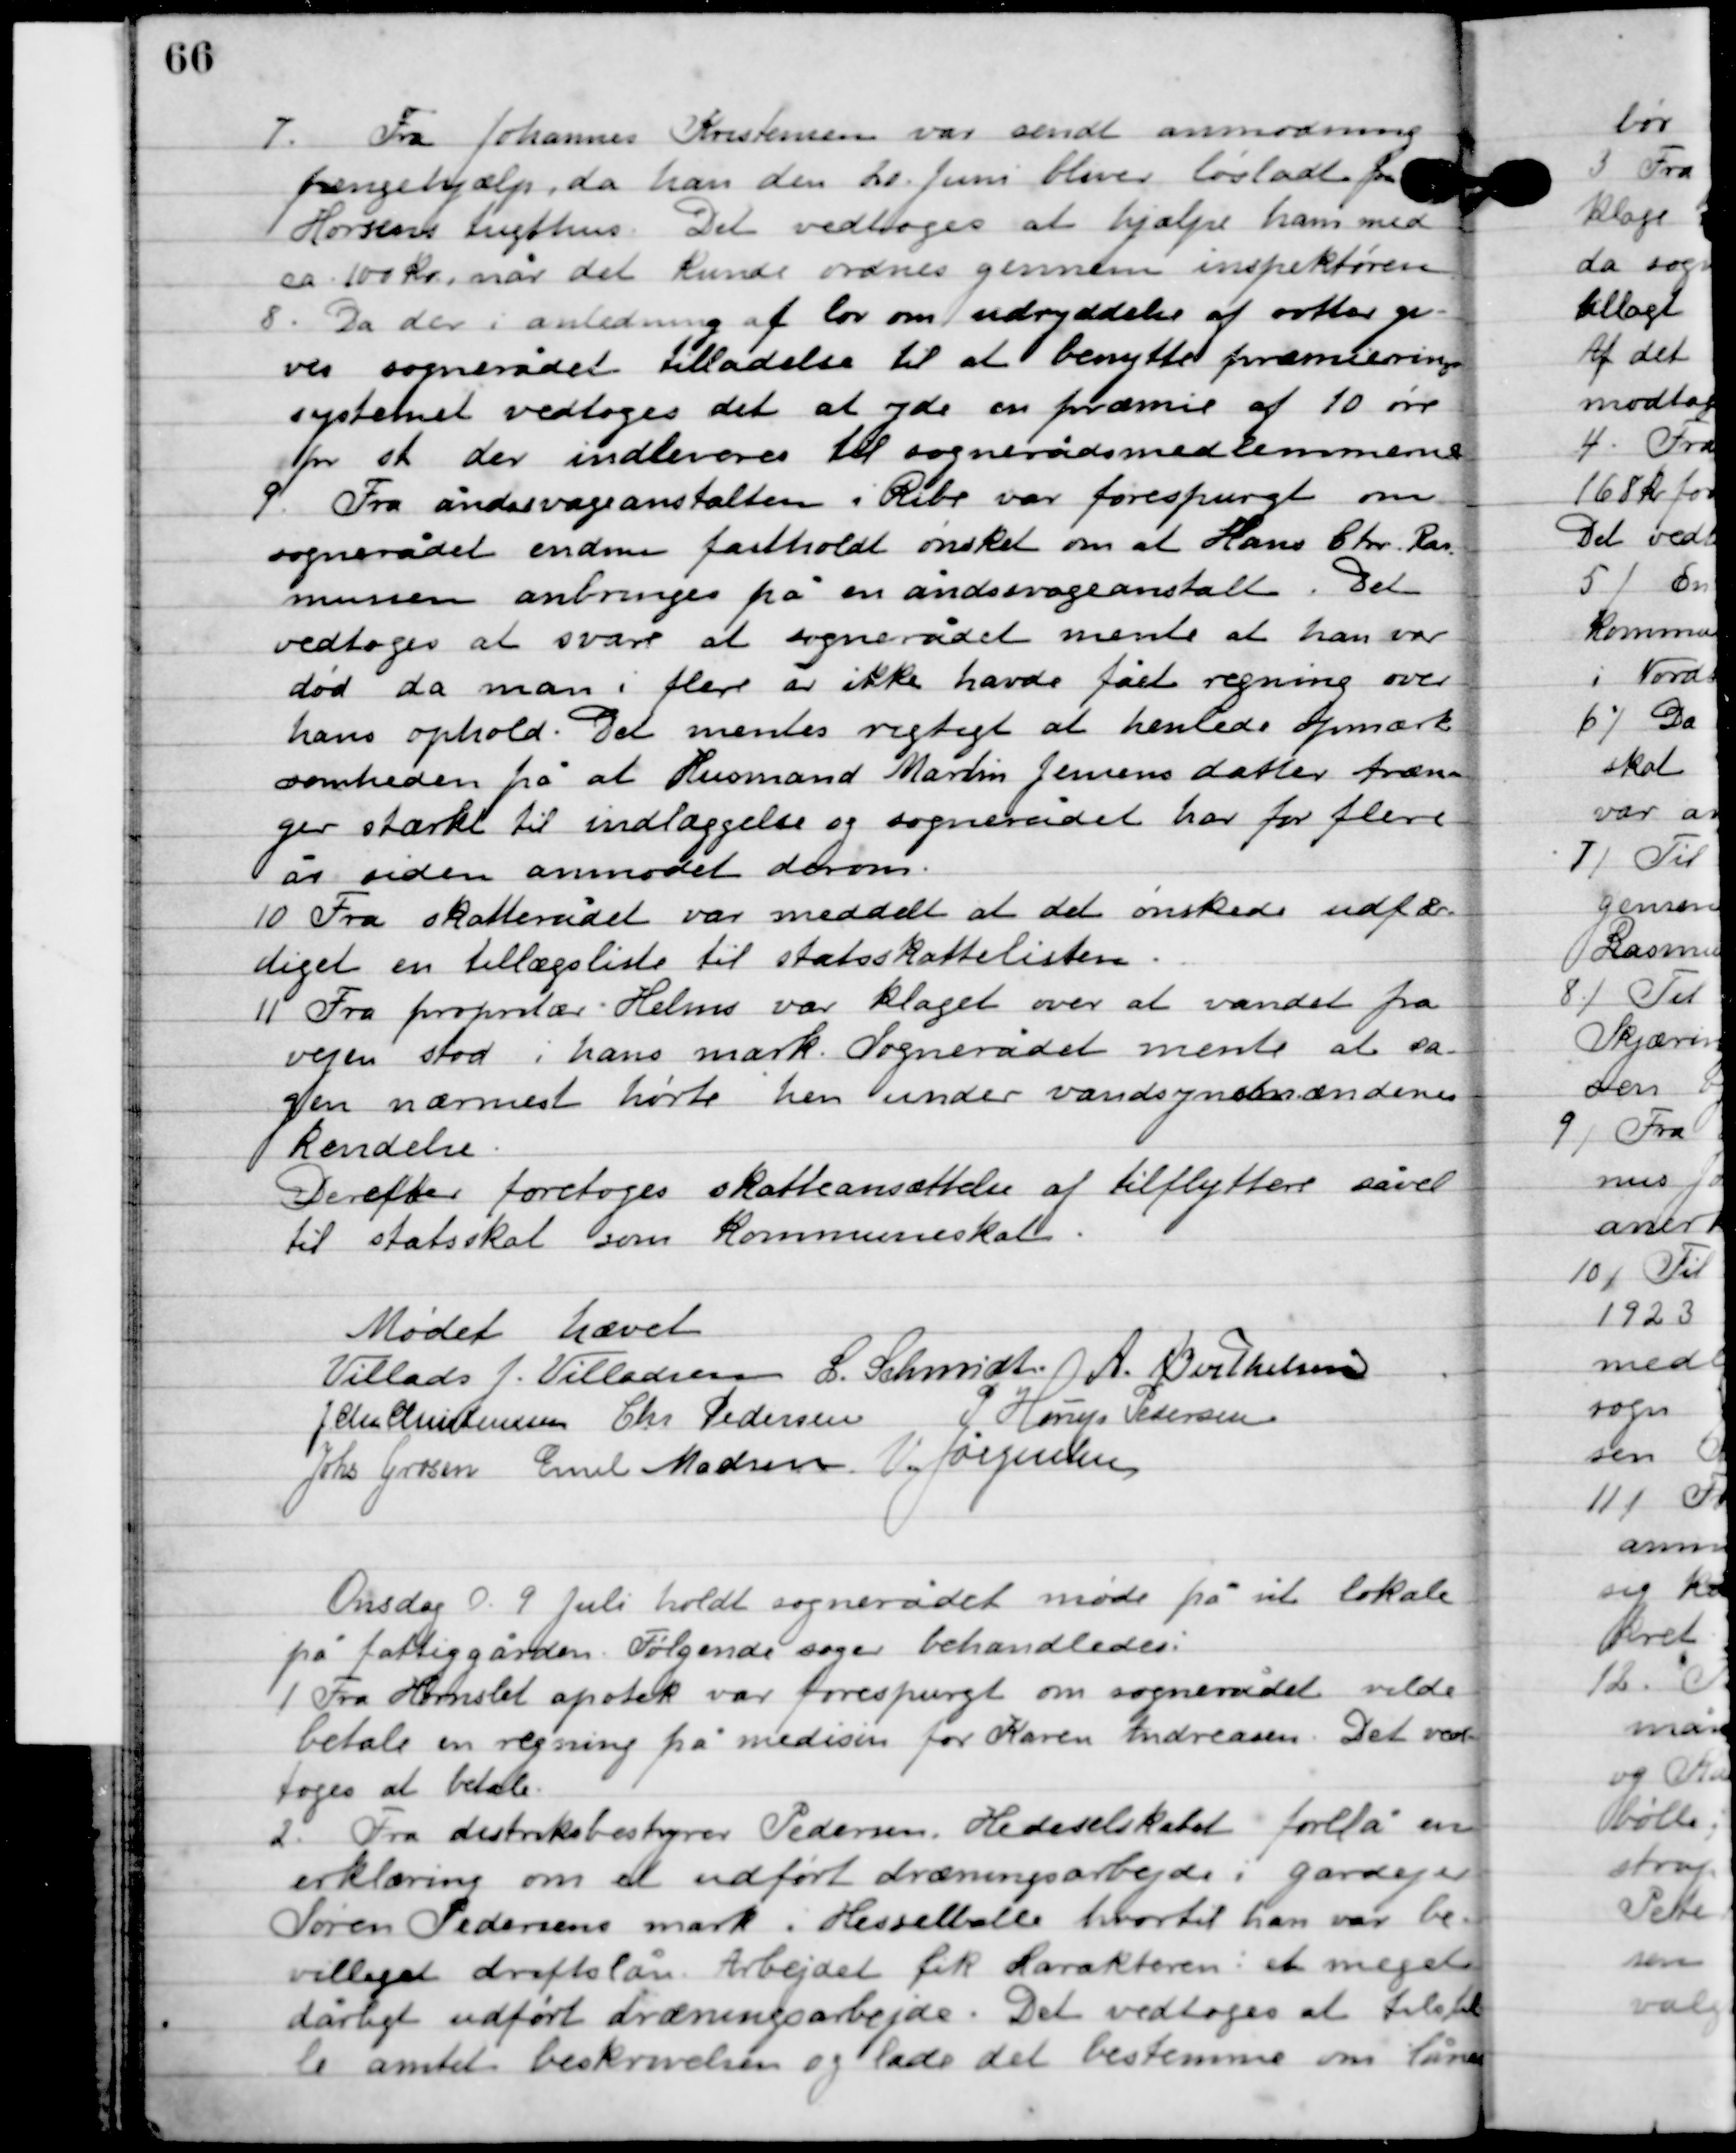
Transskription:
7

Fra Johannes Kristensen var sendt anmodning
pengehjælp, da han den til Juni bliver løsladt fra
Horsens tugthus. Det vedtoges at hjælpe han med
ca. 100 kr. når det kunde ordnes gennem inspektøren.

8

Da der i anledning af lov om udryddelse af rotter gi-
ves sognerådet tilladelse til at benytte præmiering 
systemet vedtoges det at yde en præmie af 10 øre 
for et der indleveres til sognerådsmedlemmerne.

9

Fra åndssvageanstalten i Ribe var forespurgt om
sognerådet endnu fastholdt ønsket om at hans Chr. Ras-
mussen anbringes på en åndssvageanstalt. Det
vedtoges at svare at sognerådet mente at han var
død da man i flere år ikke havde fået regning over
hans ophold. Det mentes rigtigt at henlede opmærk-
somheden på at Husmand Martin Jensens datter træn-
ger stærkt til indlæggelse og sognerådet har for flere
år siden anmodet derom.

10

Fra skatterådet var meddelt at det ønskede udfær-
diget en tillægsliste til statsskattelisten.

11

Fra proprietær Helms var klaget over at vandet fra
vejen stod i hans mark. Sognerådet mente at en-
gen nærmest hørte hen under vandsynsmændenes
kendelse.

Derefter foretoges skatteansættelsen af tilflyttere såvel
til statsskat som kommuneskat.

Mødet hævet

Villads J. Villadsen
l. Schmidt
A. Berthelsen
J. Chr. Christensen
Chr. Pedersen
P. Horup Pedersen
Johs. Grosen
Emil Madsen
V. Jørgensen

Onsdag D. 9. Juli holdt sognerådet møde på sit lokale
på fattiggården. Følgende sager behandledes.

1

Fra Hornslet apotek var forespurgt om sognerådet vilde
betale en regning på medisin for Karen Andreasen. Det ved-
toges at betale.

2

Fra distriktsbestyrer Pedersen. Hede selskabet forelå en
erklæring om at udført dræningsarbejde i gårdejer
Søren Pedersen mark, i Hesselballe hvortil han var be-
villiget driftslån. Arbejdet fik karakteren i et meget
 dårligt udført dræningsarbejde. Det vedtoges at tilstil-
le amtet beskrivelsen og lade det bestemme om lånet